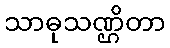
သာဓုသဏ္ဌိတာ